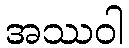
အဿဝါ